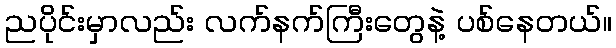
ညပိုင်းမှာလည်း လက်နက်ကြီးတွေနဲ့ ပစ်နေတယ်။